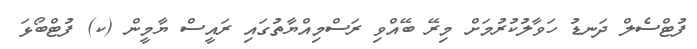
ފުޓްސެލް ދަނޑު ހަވާލުކުރުމަށް މިރޭ ބޭއްވި ރަސްމިއްޔާތުގައި ރައީސް ޔާމީން (ކ) ފުޓްބޯޅަ